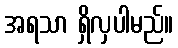
အရသာ ရှိလှပါမည်။